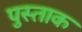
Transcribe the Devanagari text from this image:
पुस्ताक